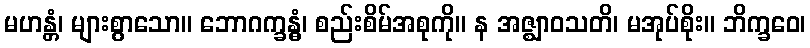
မဟန္တံ၊ များစွာသော။ ဘောဂက္ခန္ဓံ၊ စည်းစိမ်အစုကို။ န အဇ္ဈာဝသတိ၊ မအုပ်စိုး။ ဘိက္ခဝေ၊